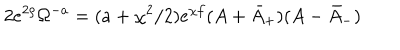
2 e ^ { 2 \rho } \Omega ^ { - a } = ( a + \chi ^ { 2 } / 2 ) e ^ { \chi f } ( A + \bar { A } _ { + } ) ( A - \bar { A } _ { - } )